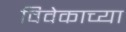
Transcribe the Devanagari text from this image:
विवेकाच्या